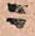
ニ